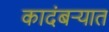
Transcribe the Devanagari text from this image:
कादंबऱ्यात